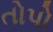
તોપો